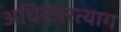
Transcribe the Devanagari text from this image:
अधिकारत्याग